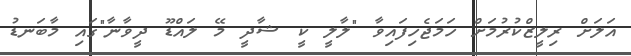
އަލަށް ރިލީޒްކުރުމަށް ހަމަޖެހިފައިވާ "ލާލީ ކީ ޝާދީ މޭ ލައްޑޫ ދީވާނާ"ގައި މާބަނޑު